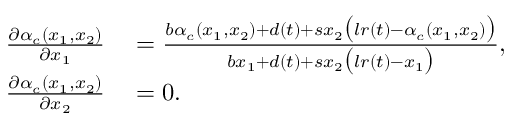
\begin{array} { r l } { \frac { \partial \alpha _ { c } ( x _ { 1 } , x _ { 2 } ) } { \partial x _ { 1 } } } & { { } = \frac { b \alpha _ { c } ( x _ { 1 } , x _ { 2 } ) + d ( t ) + s x _ { 2 } \big ( l r ( t ) - \alpha _ { c } ( x _ { 1 } , x _ { 2 } ) \big ) } { b x _ { 1 } + d ( t ) + s x _ { 2 } \big ( l r ( t ) - x _ { 1 } \big ) } , } \\ { \frac { \partial \alpha _ { c } ( x _ { 1 } , x _ { 2 } ) } { \partial x _ { 2 } } } & { { } = 0 . } \end{array}